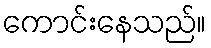
ကောင်းနေသည်။